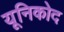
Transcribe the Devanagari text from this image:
यूनिकोद